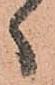
ヽ